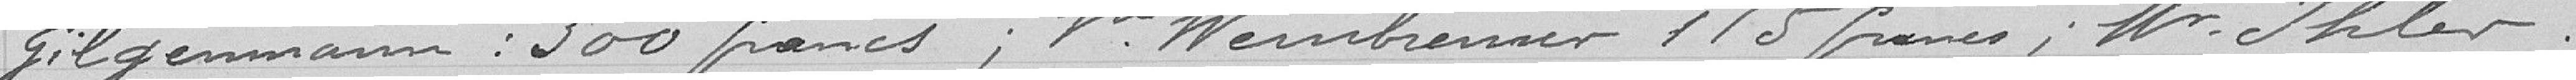
Gilgenmann : 300 francs ; Veuve Weinbrenner 115 francs ; Monsieur Ihler :